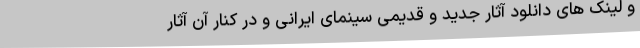
و لینک های دانلود آثار جدید و قدیمی سینمای ایرانی و در کنار آن آثار